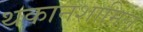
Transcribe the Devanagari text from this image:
थकानशामिल